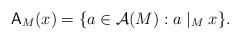
LaTeX: \begin{align*}\mathsf{A}_M(x) = \{a \in \mathcal{A}(M) : a \mid_M x \}.\end{align*}